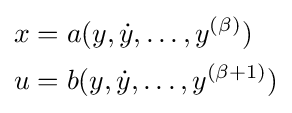
{\begin{aligned}x&=a(y,{\dot {y}},\ldots ,y^{(\beta )})\\u&=b(y,{\dot {y}},\ldots ,y^{(\beta +1)})\end{aligned}}